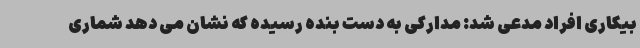
بیکاری افراد مدعی شد: مدارکی به دست بنده رسیده که نشان می دهد شماری